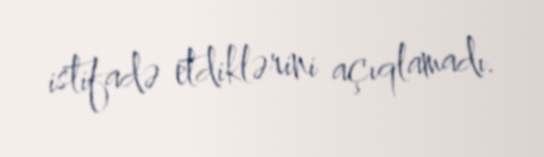
istifadə etdiklərini açıqlamadı.